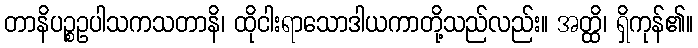
တာနိပဉ္စဥပါသကသတာနိ၊ ထိုငါးရာသောဒါယကာတို့သည်လည်း။ အတ္ထိ၊ ရှိကုန်၏။